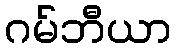
ဂမ်ဘီယာ